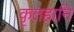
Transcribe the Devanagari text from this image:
कृतहानि